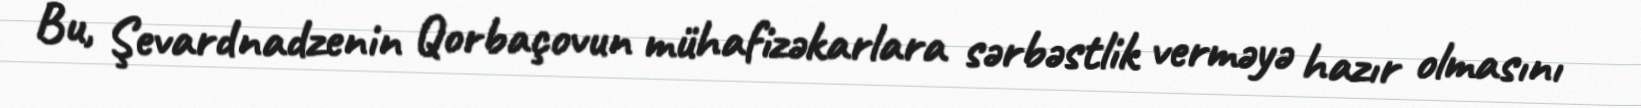
Bu, Şevardnadzenin Qorbaçovun mühafizəkarlara sərbəstlik verməyə hazır olmasını